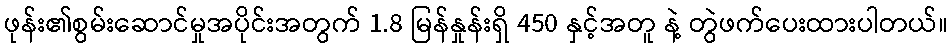
ဖုန်း၏စွမ်းဆောင်မှုအပိုင်းအတွက် 1.8 မြန်နှုန်းရှိ 450 နှင့်အတူ နဲ့ တွဲဖက်ပေးထားပါတယ်။